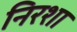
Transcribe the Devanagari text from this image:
निरशा